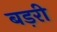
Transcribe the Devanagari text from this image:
बड़री